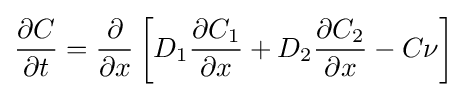
{\frac {\partial C}{\partial t}}={\frac {\partial }{\partial x}}\left[D_{1}{\frac {\partial C_{1}}{\partial x}}+D_{2}{\frac {\partial C_{2}}{\partial x}}-C\nu \right]